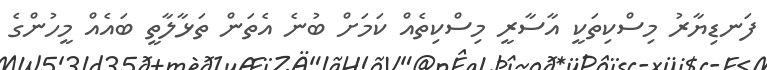
ފަނޑިޔާރު މިސްކިތަކީ އާސާރީ މިސްކިތެއް ކަމަށް ބުނެ އެތަން ތަޅާލާތީ ބައެއް މީހުންގެ